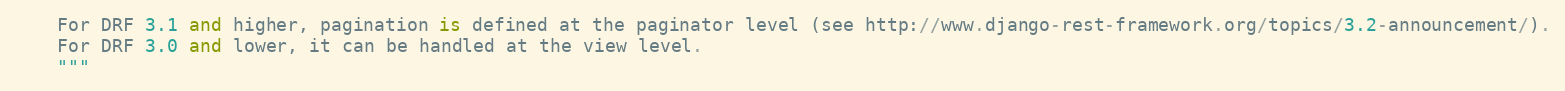
Language: Python
    For DRF 3.1 and higher, pagination is defined at the paginator level (see http://www.django-rest-framework.org/topics/3.2-announcement/).
    For DRF 3.0 and lower, it can be handled at the view level.
    """